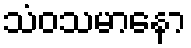
သံဝသမာနော